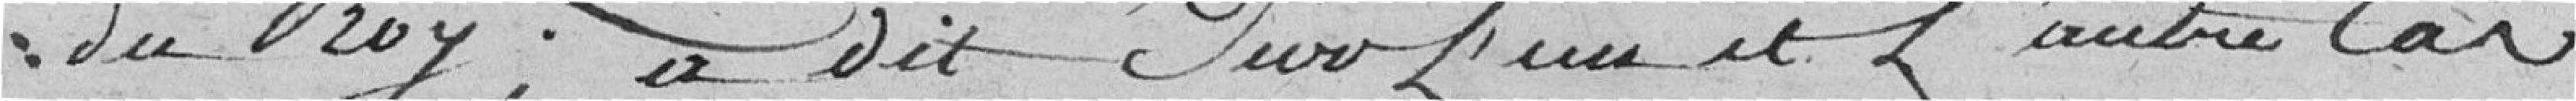
du Roi ; a dit sur l'un et l'autre cas